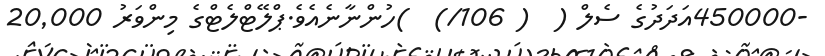
-450000އަދަދުގެ ސެލް (  ( 106/)  )ހުންނާނެއެވެ.ޕްލޭޓްލެޓްގެ މިންވަރު 20